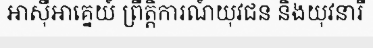
អាស៊ីអាគ្នេយ៍ ព្រឹត្តិការណ៍យុវជន និងយុវនារី